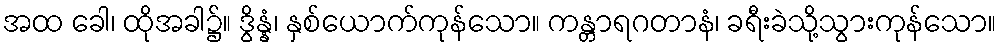
အထ ခေါ၊ ထိုအခါ၌။ ဒွိန္နံ၊ နှစ်ယောက်ကုန်သော။ ကန္တာရဂတာနံ၊ ခရီးခဲသို့သွားကုန်သော။